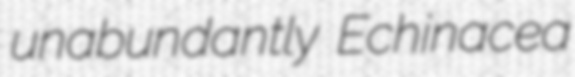
unabundantly Echinacea